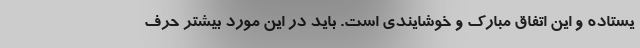
یستاده و این اتفاق مبارک و خوشایندی است. باید در این مورد بیشتر حرف